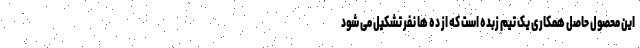
این محصول حاصل همکاری یک تیم زبده است که از ده ها نفر تشکیل می شود